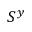
S ^ { y }